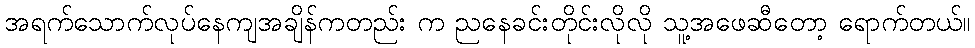
အရက်သောက်လုပ်နေကျအချိန်ကတည်း က ညနေခင်းတိုင်းလိုလို သူ့အဖေဆီတော့ ရောက်တယ်။